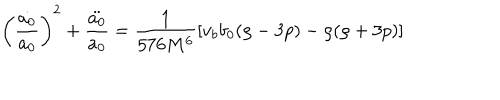
LaTeX: \left( \frac { \dot { a _ { 0 } } } { a _ { 0 } } \right) ^ { 2 } + \frac { \ddot { a _ { 0 } } } { a _ { 0 } } = \frac { 1 } { 5 7 6 M ^ { 6 } } \left[ v _ { b } b _ { 0 } ( \rho - 3 p ) - \rho ( \rho + 3 p ) \right]